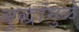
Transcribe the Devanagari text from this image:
बुद्धांमुळे